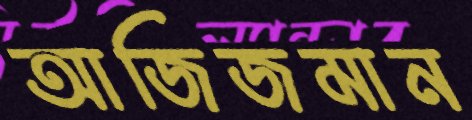
আজিজমান